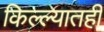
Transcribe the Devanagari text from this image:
किल्ल्यातही